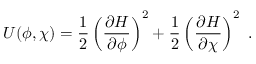
U ( \phi , \chi ) = \frac { 1 } { 2 } \left( \frac { \partial H } { \partial \phi } \right) ^ { 2 } + \frac { 1 } { 2 } \left( \frac { \partial H } { \partial \chi } \right) ^ { 2 } ~ .